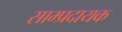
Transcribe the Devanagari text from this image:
साम्प्रदायक